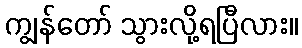
ကျွန်တော် သွားလို့ရပြီလား။